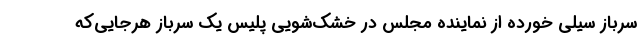
سرباز سیلی خورده از نماینده مجلس در خشک‌شویی پلیس یک سرباز هرجایی‌که